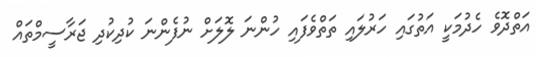
އަތްދޮވެ ހެދުމަކީ އަތުގައި ހަރުލައި ތަތްވެފައި ހުންނަ ލޮލަށް ނުފެންނަ ކުދިކުދި ޖަރާސީމްތައް